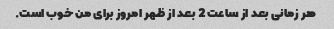
هر زمانی بعد از ساعت 2 بعد از ظهر امروز برای من خوب است.